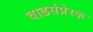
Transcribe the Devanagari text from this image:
वाढसंप्रेरक